NAE_ERA_R-2632_ENSV_TA_Emakeele_Selts_1945-1955, lk 18
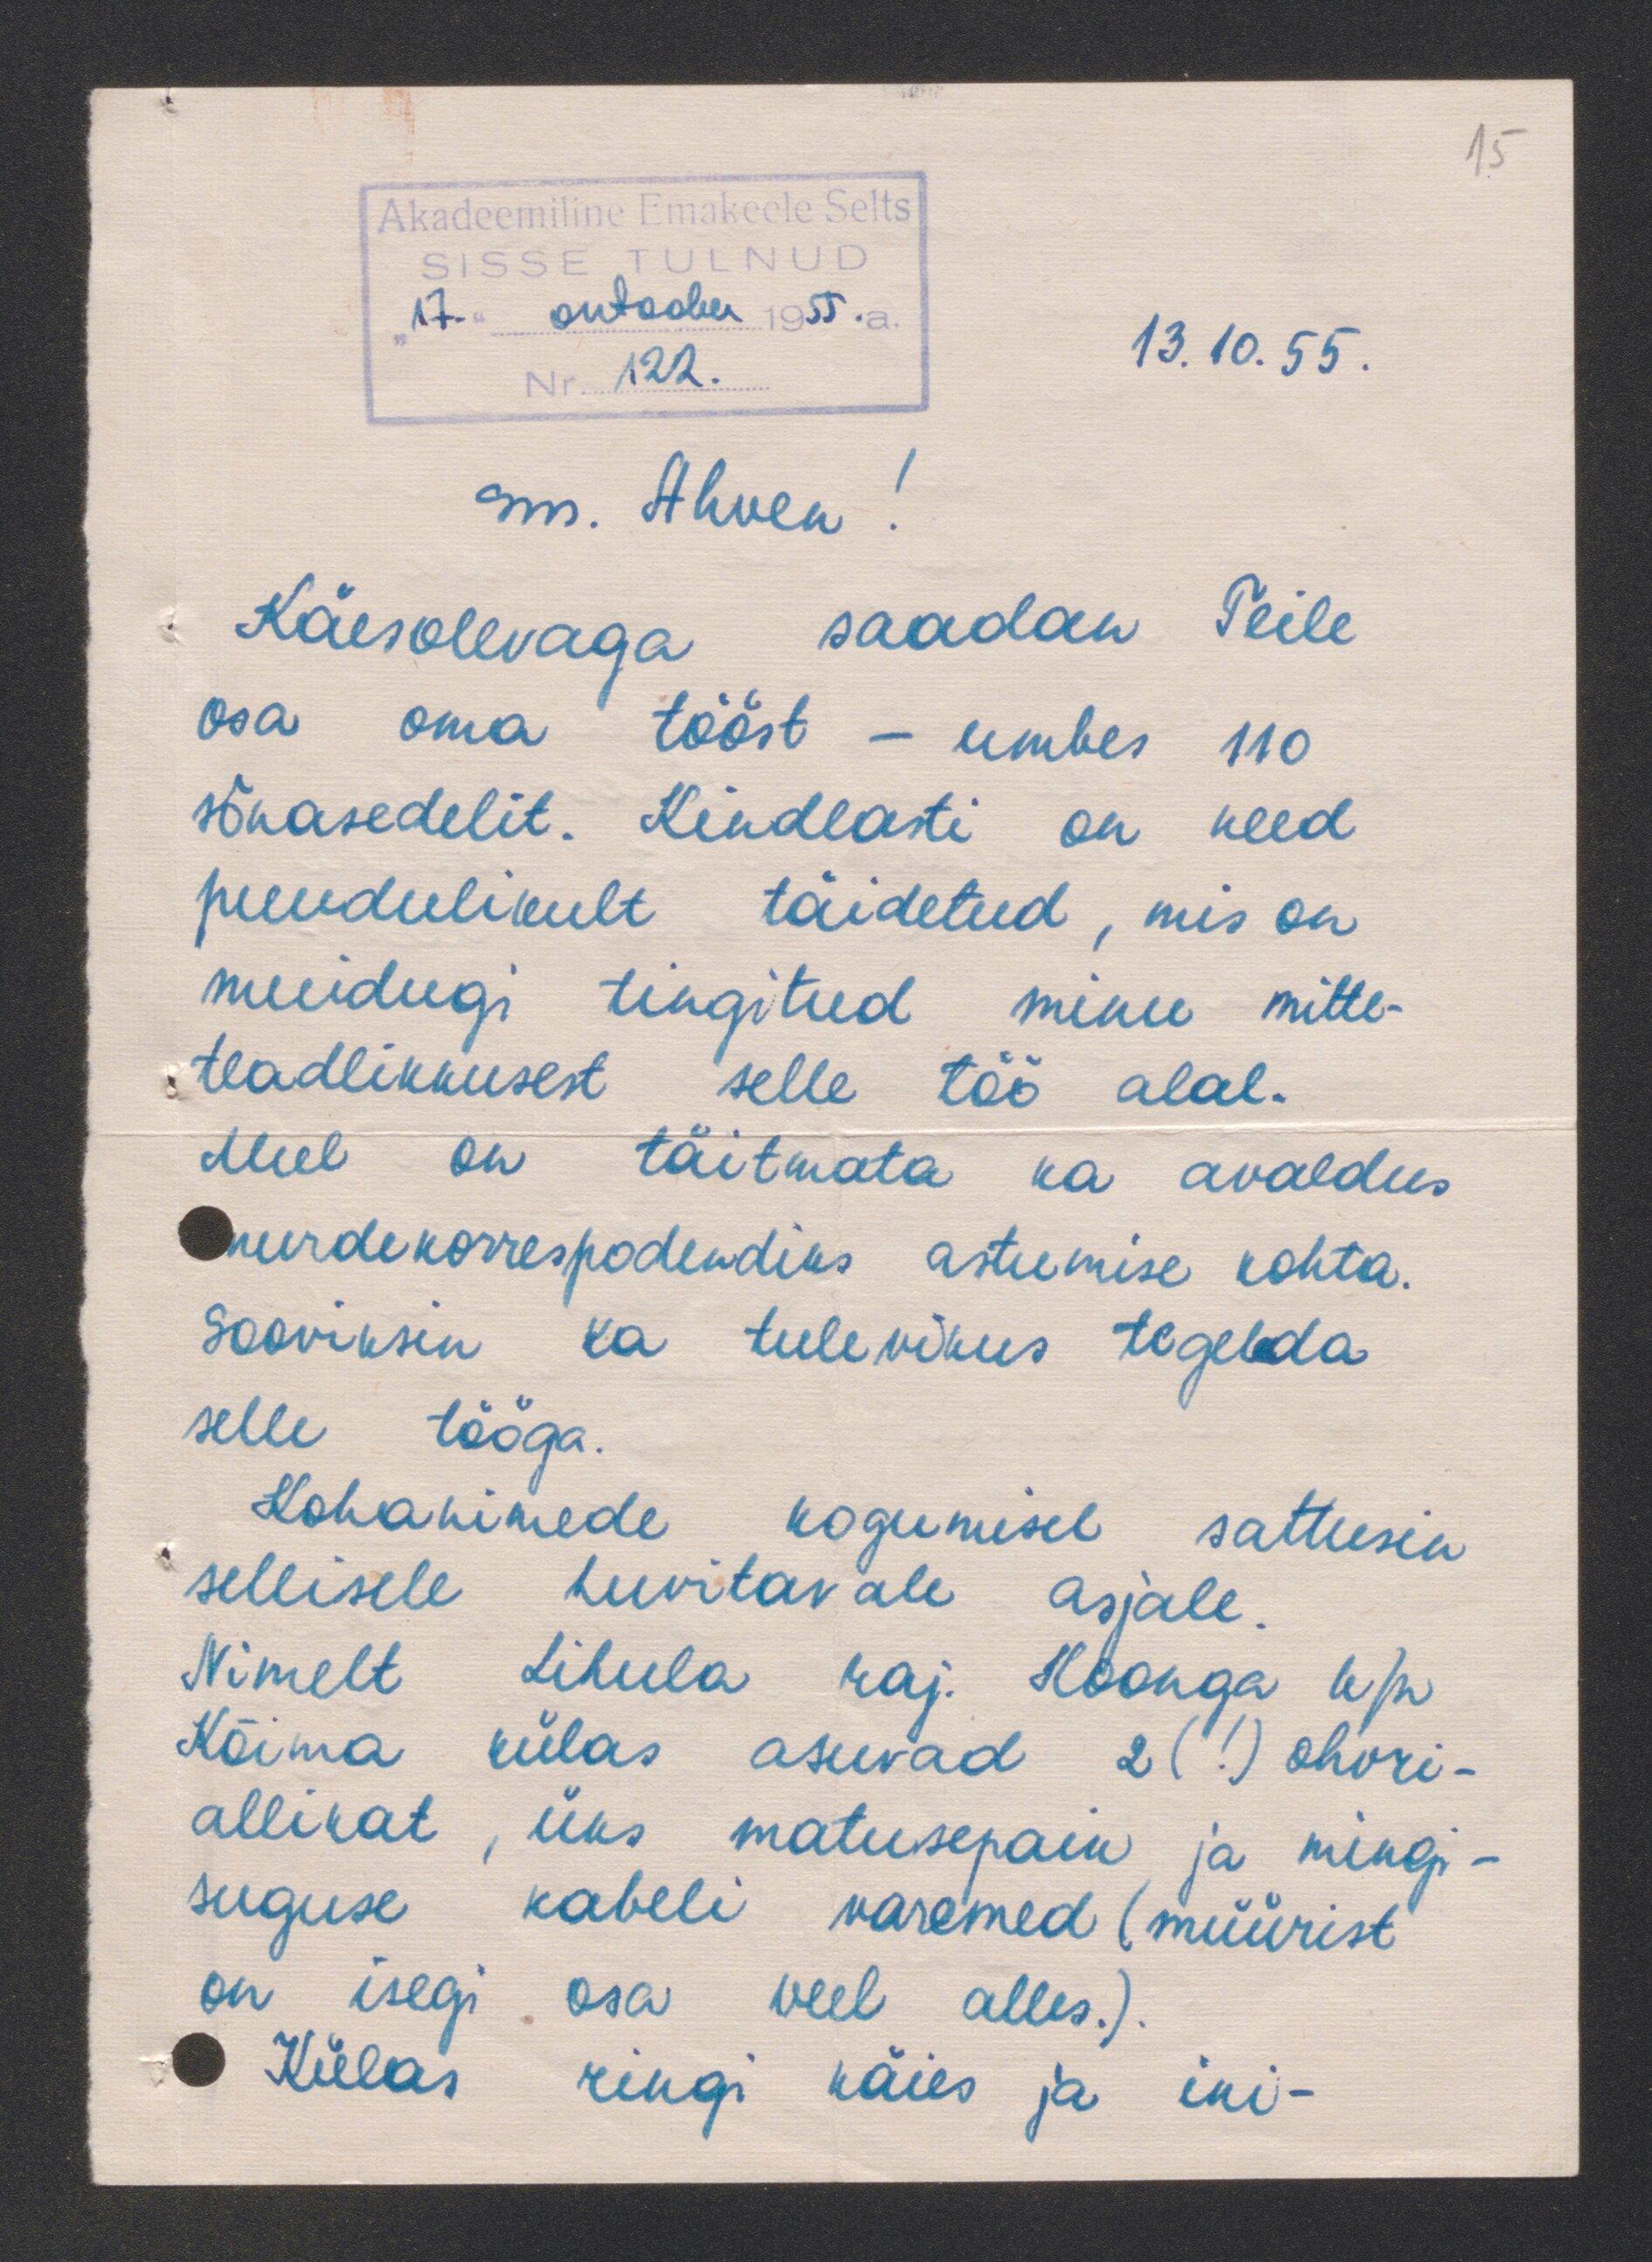
13.10. 55.
sm. Ahven!
Käesolevaga saadan Teile
osa oma tööst - umbes 110
sõnasedelit. Kindlasti on need
puudulikult täidetud, mis on
muidugi tingitud minu mitte-
teadlikkusest selle töö alal.
Mul on täitmata ka avaldus
murdekorrespodendiks astumise kohta.
Sooviksin ka tulevikus tegelda
selle tööga.
Kohanimede kogumisel sattusin
sellisele huvitavale asjale.
Nimelt Lihula raj. Koonga k/n
Kõima külas asuvad 2(!) ohvri-
allikat, üks matusepaik ja mingi-
suguse kabeli varemed (müürist
on isegi osa veel alles.).
Külas ringi käies ja ini-